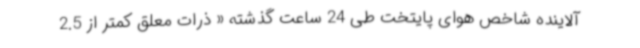
آلاینده شاخص هوای پایتخت طی 24 ساعت گذشته « ذرات معلق کمتر از 2.5